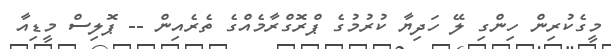
މީގެކުރިން ހިންގި ލޭ ހަދިޔާ ކުރުމުގެ ޕްރޮގްރާމެއްގެ ތެރެއިން -- ޕޮލިސް މީޑިއާ